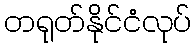
တရုတ်နိုင်ငံလုပ်